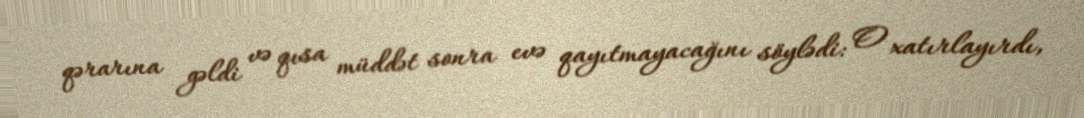
qərarına gəldi və qısa müddət sonra evə qayıtmayacağını söylədi: O xatırlayırdı,